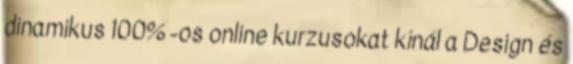
dinamikus 100% -os online kurzusokat kínál a Design és